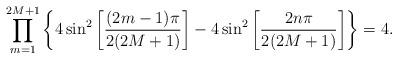
LaTeX: \begin{align*}\prod_{m=1}^{2M+1}\left\{4 \sin^2\left[\frac{ (2m-1)\pi}{2(2M+1)}\right]- 4 \sin^2\left[\frac{ 2n\pi}{2(2M+1)}\right] \right\}=4.\end{align*}